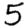
Digit: 5